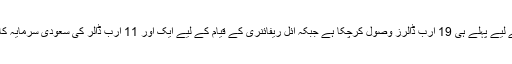
یہ شہر بندرگاہ کی تعمیر کے لیے پہلے ہی 19 ارب ڈالرز وصول کرچکا ہے جبکہ آئل ریفائنری کے قیام کے لیے ایک اور 11 ارب ڈالر کی سعودی سرمایہ کاری پر آنکھ لگائے بیٹھا ہے۔